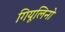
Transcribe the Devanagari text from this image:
गियूलिनो